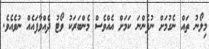
މިލޯނު ތައް ނެގުމަށް ނުފެންނަ ކަމަށް އެއްވެސް މެންބަރަކު ވޯޓު ދެއްވާފައެއް ނުވެއެވެ.